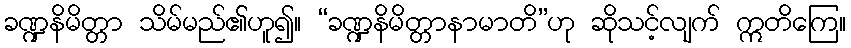
ခဏ္ဍနိမိတ္တာ သိမ်မည်၏ဟူ၍။ “ခဏ္ဍနိမိတ္တာနာမာတိ”ဟု ဆိုသင့်လျက် ဣတိကြေ။